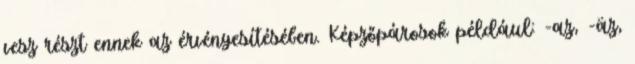
vesz részt ennek az érvényesítésében. Képzőpárosok például: -az, -äz,